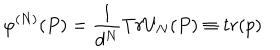
\varphi ^ { \left( N \right) } ( P ) = \frac { 1 } { d ^ { N } } T r U _ { N } ( P ) \equiv t r ( p )